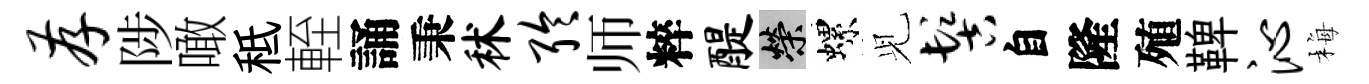
存陟噉秪輊誦秉秫聆师粹醍榮螺𫤗髻自隆殖鞞沁梅